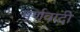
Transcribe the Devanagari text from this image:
पूर्णवादी